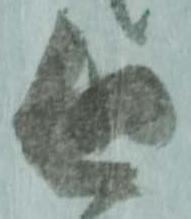
今